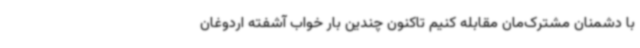
با دشمنان مشترک‌مان مقابله کنیم تاکنون چندین بار خواب آشفته اردوغان